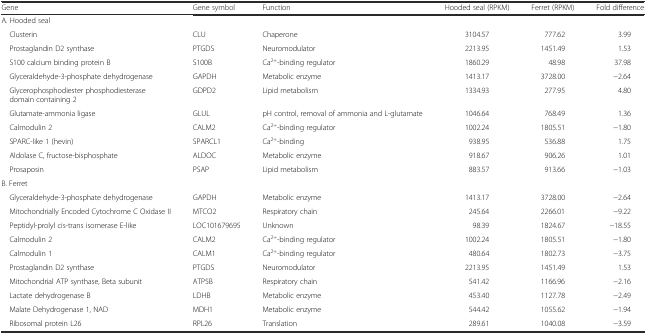
<table><thead><tr><td><b>Gene</b></td><td><b>Gene symbol</b></td><td><b>Function</b></td><td><b>Hooded seal (RPKM)</b></td><td><b>Ferret (RPKM)</b></td><td><b>Fold difference</b></td></tr></thead><tbody><tr><td colspan="6">A. Hooded seal</td></tr><tr><td> Clusterin</td><td>CLU</td><td>Chaperone</td><td>3104.57</td><td>777.62</td><td>3.99</td></tr><tr><td> Prostaglandin D2 synthase</td><td>PTGDS</td><td>Neuromodulator</td><td>2213.95</td><td>1451.49</td><td>1.53</td></tr><tr><td> S100 calcium binding protein B</td><td>S100B</td><td>Ca<sup>2+</sup>-binding regulator</td><td>1860.29</td><td>48.98</td><td>37.98</td></tr><tr><td> Glyceraldehyde-3-phosphate dehydrogenase</td><td>GAPDH</td><td>Metabolic enzyme</td><td>1413.17</td><td>3728.00</td><td>−2.64</td></tr><tr><td> Glycerophosphodiester phosphodiesterase domain containing 2</td><td>GDPD2</td><td>Lipid metabolism</td><td>1334.93</td><td>277.95</td><td>4.80</td></tr><tr><td> Glutamate-ammonia ligase</td><td>GLUL</td><td>pH control, removal of ammonia and L-glutamate</td><td>1046.64</td><td>768.49</td><td>1.36</td></tr><tr><td> Calmodulin 2</td><td>CALM2</td><td>Ca<sup>2+</sup>-binding regulator</td><td>1002.24</td><td>1805.51</td><td>−1.80</td></tr><tr><td> SPARC-like 1 (hevin)</td><td>SPARCL1</td><td>Ca<sup>2+</sup>-binding</td><td>938.95</td><td>536.88</td><td>1.75</td></tr><tr><td> Aldolase C, fructose-bisphosphate</td><td>ALDOC</td><td>Metabolic enzyme</td><td>918.67</td><td>906.26</td><td>1.01</td></tr><tr><td> Prosaposin</td><td>PSAP</td><td>Lipid metabolism</td><td>883.57</td><td>913.66</td><td>−1.03</td></tr><tr><td colspan="6">B. Ferret</td></tr><tr><td> Glyceraldehyde-3-phosphate dehydrogenase</td><td>GAPDH</td><td>Metabolic enzyme</td><td>1413.17</td><td>3728.00</td><td>−2.64</td></tr><tr><td> Mitochondrially Encoded Cytochrome C Oxidase II</td><td>MTCO2</td><td>Respiratory chain</td><td>245.64</td><td>2266.01</td><td>−9.22</td></tr><tr><td> Peptidyl-prolyl cis-trans isomerase E-like</td><td>LOC101679695</td><td>Unknown</td><td>98.39</td><td>1824.67</td><td>−18.55</td></tr><tr><td> Calmodulin 2</td><td>CALM2</td><td>Ca<sup>2+</sup>-binding regulator</td><td>1002.24</td><td>1805.51</td><td>−1.80</td></tr><tr><td> Calmodulin 1</td><td>CALM1</td><td>Ca<sup>2+</sup>-binding regulator</td><td>480.64</td><td>1802.73</td><td>−3.75</td></tr><tr><td> Prostaglandin D2 synthase</td><td>PTGDS</td><td>Neuromodulator</td><td>2213.95</td><td>1451.49</td><td>1.53</td></tr><tr><td> Mitochondrial ATP synthase, Beta subunit</td><td>ATP5B</td><td>Respiratory chain</td><td>541.42</td><td>1166.96</td><td>−2.16</td></tr><tr><td> Lactate dehydrogenase B</td><td>LDHB</td><td>Metabolic enzyme</td><td>453.40</td><td>1127.78</td><td>−2.49</td></tr><tr><td> Malate Dehydrogenase 1, NAD</td><td>MDH1</td><td>Metabolic enzyme</td><td>544.42</td><td>1055.62</td><td>−1.94</td></tr><tr><td> Ribosomal protein L26</td><td>RPL26</td><td>Translation</td><td>289.61</td><td>1040.08</td><td>−3.59</td></tr></tbody></table>